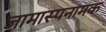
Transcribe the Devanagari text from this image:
जामास्पनामक